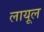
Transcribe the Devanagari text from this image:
लायूल